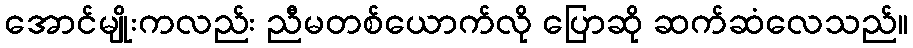
အောင်မျိုးကလည်း ညီမတစ်ယောက်လို ပြောဆို ဆက်ဆံလေသည်။